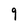
Character: 9